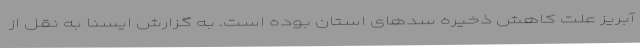
آبریز علت کاهش ذخیره سدهای استان بوده است. به گزارش ایسنا به نقل از